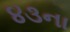
૪૩ના